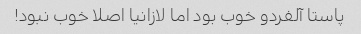
پاستا آلفردو خوب بود اما لازانیا اصلا خوب نبود!